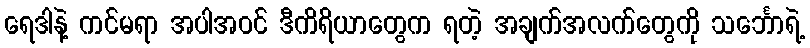
ရေဒါနဲ့ ကင်မရာ အပါအဝင် ဒီကိရိယာတွေက ရတဲ့ အချက်အလက်တွေကို သင်္ဘောရဲ့